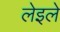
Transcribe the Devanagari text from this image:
लेइले